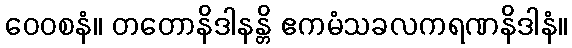
ဝေဝစနံ။ တတောနိဒါနန္တိ ဧကမံသခလကရဏနိဒါနံ။